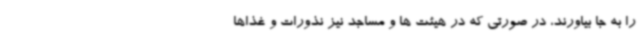
را به جا بیاورند، در صورتی که در هیئت ها و مساجد نیز نذورات و غذاها